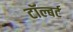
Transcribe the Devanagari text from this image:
टॉल्बर्ट